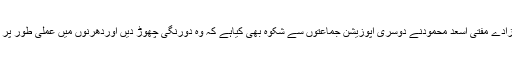
ان کے صاحبزادے مفتی اسعد محمودنے دوسری اپوزیشن جماعتوں سے شکوہ بھی کیاہے کہ وہ دورنگی چھوڑ دیں اوردھرنوں میں عملی طور پر شرکت کریں۔